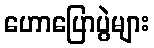
ဟောပြောပွဲများ